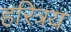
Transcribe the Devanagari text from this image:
हरित्रय